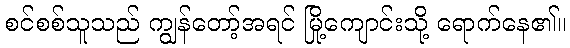
စင်စစ်သူသည် ကျွန်တော့်အရင် မြို့ကျောင်းသို့ ရောက်နေ၏။